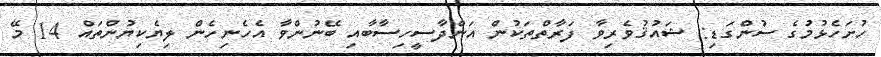
ހުށަހެޅުމުގެ ސުންގަޑި: ޝައުޤުވެރިވާ ފަރާތްތަކުން އަންދާސީހިސާބާއި ބޭނުންވާ އެހެނިހެން ލިޔެކިޔުންތައް 14 މޭ